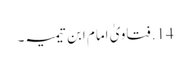
14. فتاویٰ امام ابن تیمیہ۔